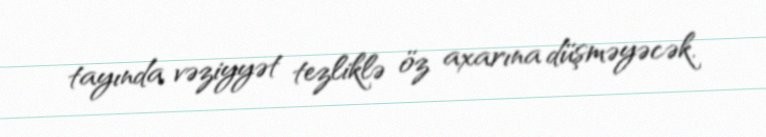
tayında vəziyyət tezliklə öz axarına düşməyəcək.